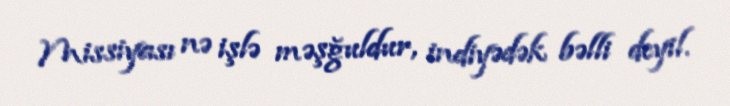
Missiyası nə işlə məşğuldur, indiyədək bəlli deyil.